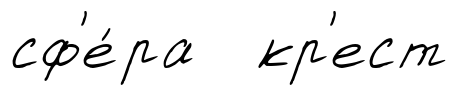
сф'е́ра кр'ест